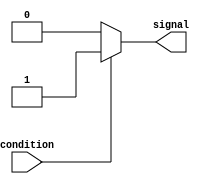
module SimpleAssignStatement (
    input wire condition,
    output reg signal
);

// Behavior modeling block to assign a specific value to the signal based on the condition
always @*
begin
    if (condition)
        signal <= 1'b1; // Assigning a value of 1 to the signal when condition is true
    else
        signal <= 1'b0; // Assigning a value of 0 to the signal when condition is false
end

endmodule